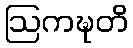
ဩကဍ္ဎတိ